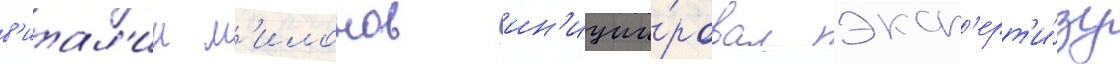
в'итал'ии м'илонов ин'иции́ровал эксп'ерт'и́зу